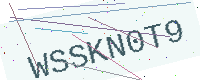
Text: WSSKN0T9